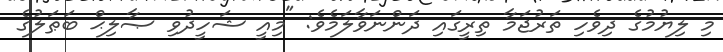
މި ލިޔުމުގެ ދިވެހި ތަރުޖަމާ ތިރީގައި ދަންނަވާލަމެވެ: "މިއީ ޝަހީދުވި ޞާލިޙް ބަޠަލުގެ